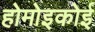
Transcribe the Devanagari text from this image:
होमोइकोई